Subject: math
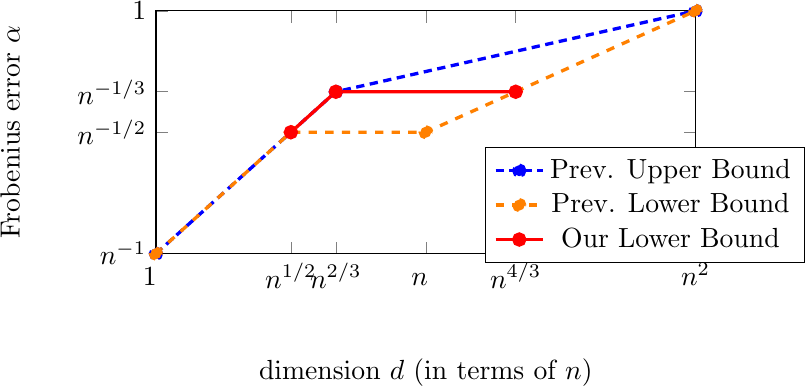
LaTeX code:
\begin{tikzpicture}
    \begin{axis}[
        xlabel=dimension $d$ (in terms of $n$),
        x label style={at={(axis description cs:0.5,-0.06)},anchor=north,anchor=north, below=5mm},
        ylabel=Frobenius error $\alpha$,
        y label style={at={(axis description cs:-0.2,0.5)},anchor=north,anchor=north, below=5mm},
        xmin=0, xmax=120,
        ymin=0, ymax=54,
        xticklabels={$1^{\textcolor{white}{1}}$, $n^{1/2}$, $n^{2/3}$, $n^{\textcolor{white}{1}}$, $n^{4/3}$, $n^2$},
        yticklabels={$n^{-1}$, $n^{-1/2}$, $n^{-1/3}$, $1$},
        xtick={0,30,40,60,80,120},
        ytick={0,27,36,54},
        legend style={at={(0.61,0.2)},anchor=west},
        axis equal image
        ]
    \addplot[mark=*,blue,densely dashed,very thick] plot coordinates {
        (0,0)
        (40,36)
        (120,54)
    };
    \addlegendentry{Prev. Upper Bound}

    \addplot[mark=*,orange,dashed,very thick] plot coordinates {
        (0,0)
        (30,27)
        (60,27)
        (120,54)
    };
    \addlegendentry{Prev. Lower Bound}

    \addplot[mark=*,red,very thick] plot coordinates {
        (30,27)
        (40,36)
        (80,36)
    };
    \addlegendentry{Our Lower Bound}
    \end{axis}
    \end{tikzpicture}